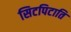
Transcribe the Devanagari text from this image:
सिटपिटाति